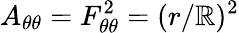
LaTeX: A_{\theta\theta}=F_{\theta\theta}^{2}=(r/\mathbb{R})^{2}